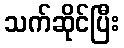
သက်ဆိုင်ပြီး